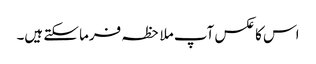
اس کا عکس آپ ملاحظہ فرما سکتے ہیں۔